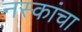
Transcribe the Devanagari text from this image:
नस्कांचा